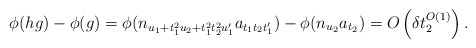
\begin{align*} \phi(hg) - \phi(g) = \phi(n_{u_1 + t_1^2 u_2 + t_1^2t_2^2 u_1'}a_{t_1t_2t_1'}) - \phi(n_{u_2}a_{t_2}) = O\left(\delta t_2^{O(1)}\right).\end{align*}